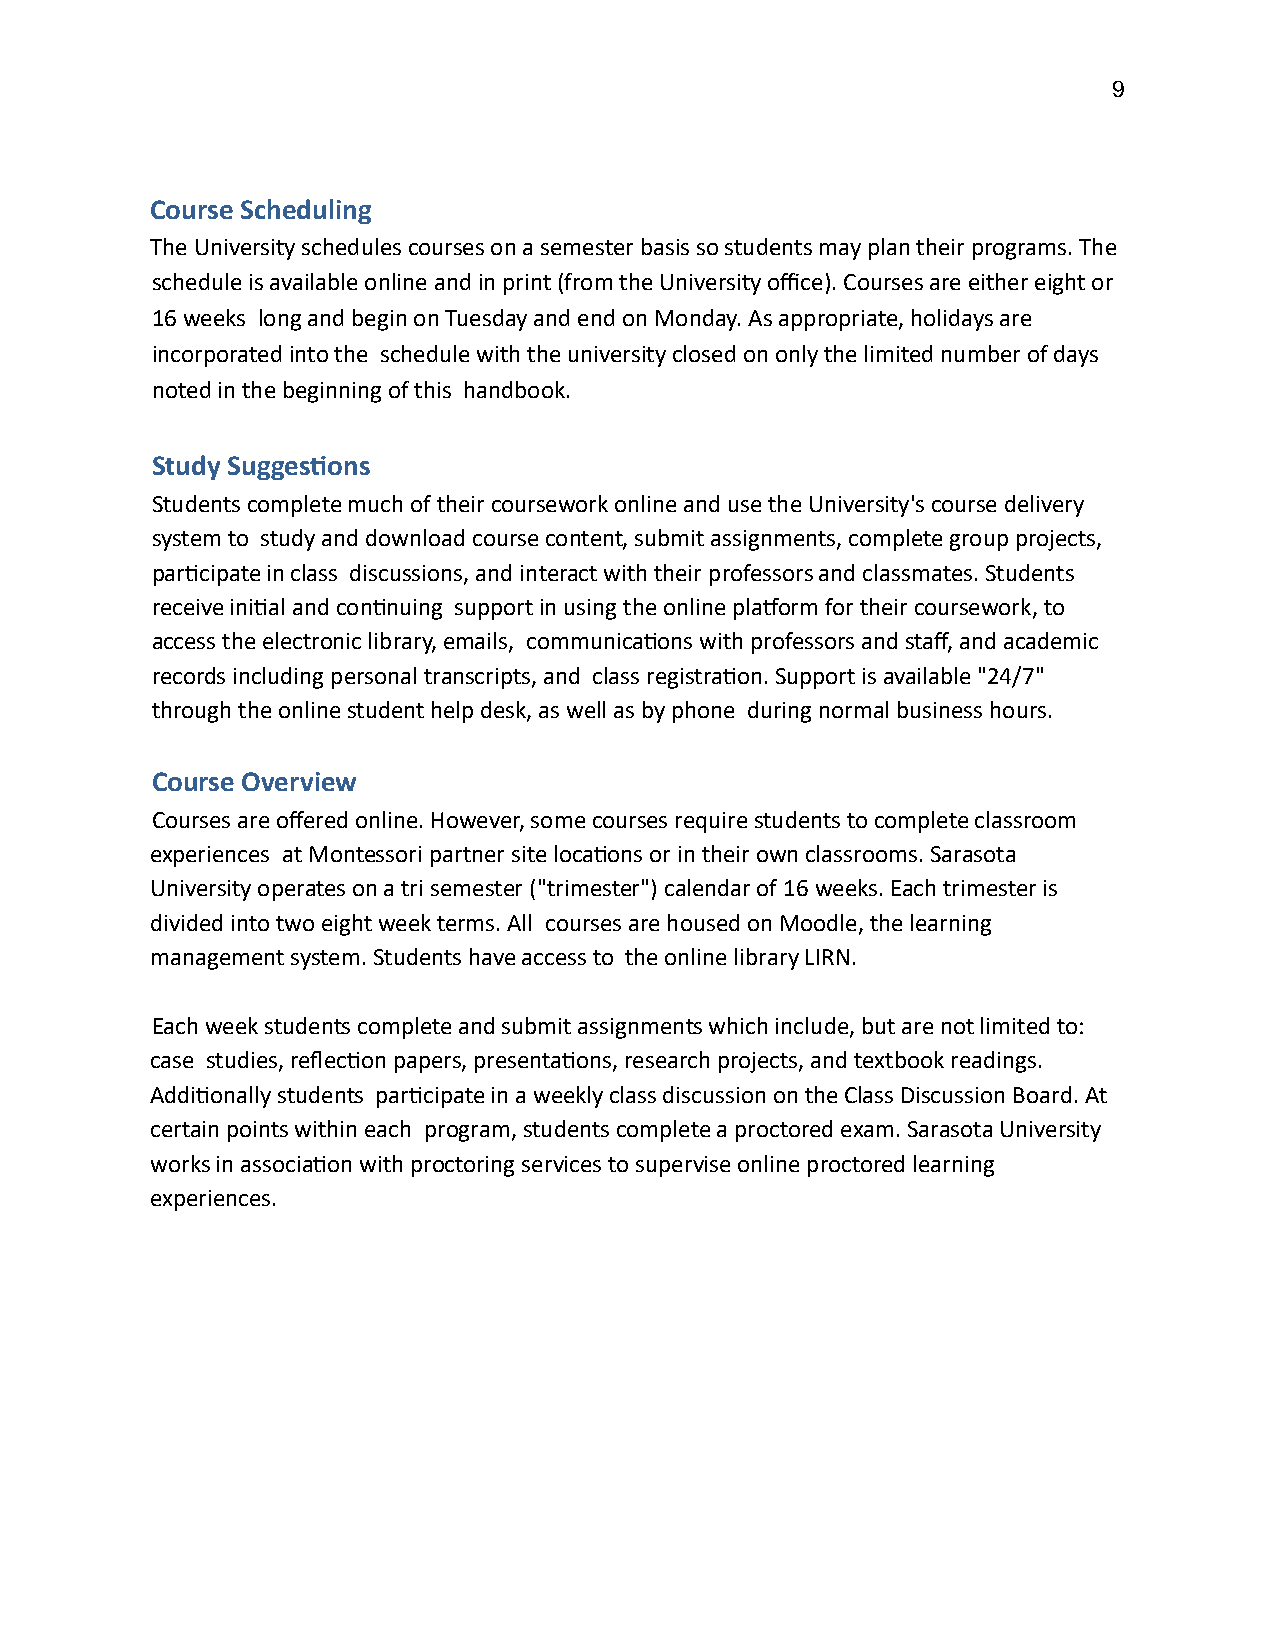
9
 Course Scheduling
 The University schedules courses on a semester basis so students may plan their programs. The
 schedule is available online and in print (from the University office). Courses are either eight or
 16 weeks long and begin on Tuesday and end on Monday. As appropriate, holidays are
 incorporated into the schedule with the university closed on only the limited number of days
 noted in the beginning of this handbook.
 Study Suggesons
 Students complete much of their coursework online and use the University's course delivery
 system to study and download course content, submit assignments, complete group projects,
 parcipate in class discussions, and interact with their professors and classmates. Students
 receive inial and connuing support in using the online plaorm for their coursework, to
 access the electronic library, emails, communicaons with professors and staff, and academic
 records including personal transcripts, and class registraon. Support is available "24/7"
 through the online student help desk, as well as by phone during normal business hours.
 Course Overview
 Courses are offered online. However, some courses require students to complete classroom
 experiences at Montessori partner site locaons or in their own classrooms. Sarasota
 University operates on a tri semester ("trimester") calendar of 16 weeks. Each trimester is
 divided into two eight week terms. All courses are housed on Moodle, the learning
 management system. Students have access to the online library LIRN.
 Each week students complete and submit assignments which include, but are not limited to:
 case studies, reflecon papers, presentaons, research projects, and textbook readings.
 Addionally students parcipate in a weekly class discussion on the Class Discussion Board. At
 certain points within each program, students complete a proctored exam. Sarasota University
 works in associaon with proctoring services to supervise online proctored learning
 experiences.